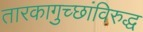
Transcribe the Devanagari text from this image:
तारकागुच्छांविरुद्ध